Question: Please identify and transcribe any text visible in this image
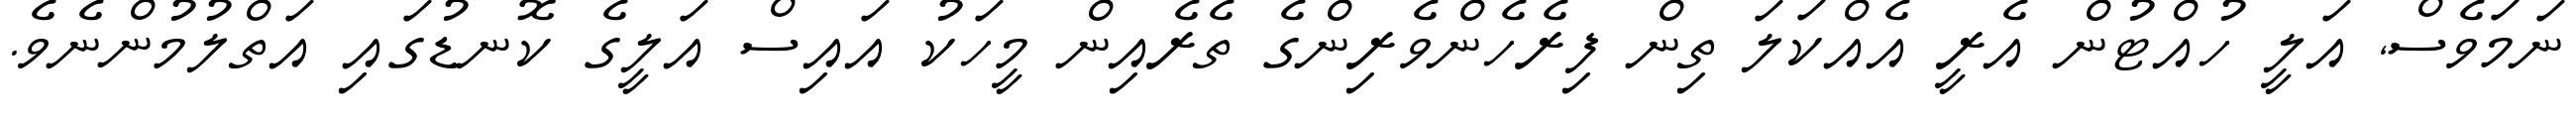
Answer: ނަމަވެސް, އަލީ ހުއްޓުން އެރީ އެއްކަލަ ތިން ފިރެހެންވެރިންގެ ތެރެއިން މީހަކު އައިސް އަލީގެ ކޮނޑުގައި އަތްލުމުންނެވެ.